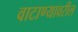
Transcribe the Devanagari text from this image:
वाटाण्यावरील